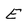
Character: E